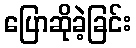
ပြောဆိုခဲ့ခြင်း